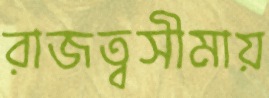
রাজত্বসীমায়